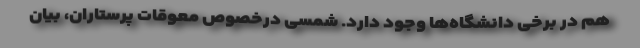
هم در برخی دانشگاه‌ها وجود دارد. شمسی درخصوص معوقات پرستاران، بیان